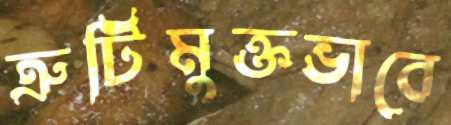
ত্রুটিমুক্তভাবে